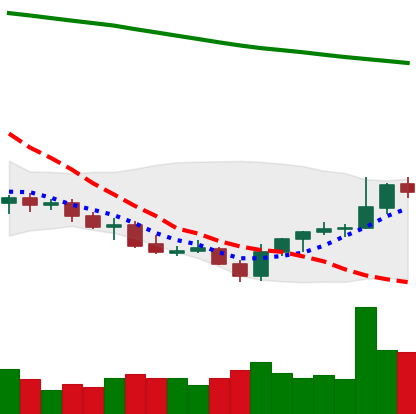
Ticker: LINK-USD
Chart end date: 2021-07-28
Forward return: 23.384%
Label: up_7plus